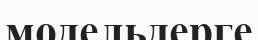
модельдерге